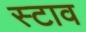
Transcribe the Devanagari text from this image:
स्टाव